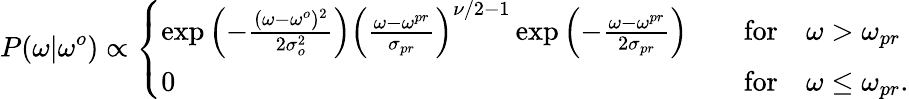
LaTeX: P(\omega|\omega^{o})\propto\left\{ \begin{array}{ll}{\exp\left(-\frac{(\omega-\omega^{o})^{2}}{2\sigma_{o}^{2}}\right)\left(\frac{\omega-\omega^{pr}}{\sigma_{pr}}\right)^{\nu/2-1}\exp\left(-\frac{\omega-\omega^{pr}}{2\sigma_{pr}}\right)\quad}&{\mathrm{for}\quad\omega>\omega_{pr}}\\ {0\quad}&{\mathrm{for}\quad\omega\le\omega_{pr}.}\end{array}\right.